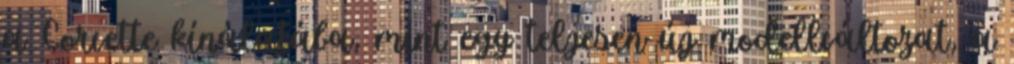
a Corvette kínálatába, mint egy teljesen új modellváltozat, a